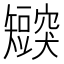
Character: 𬑸